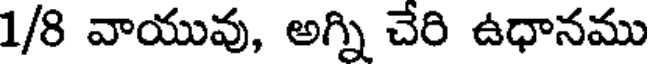
1/8 వాయువు, అగ్ని చేరి ఉధానము